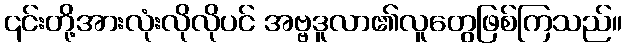
၎င်းတို့အားလုံးလိုလိုပင် အဗ္ဗဒူလာ၏လူတွေဖြစ်ကြသည်။